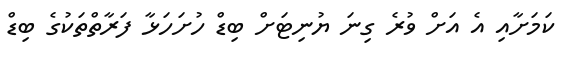
ކަމަށާއި އެ އަށް ވުރެ ގިނަ ޔުނިޓަށް ބިޑް ހުށަހަޅާ ފަރާތްތަކުގެ ބިޑް